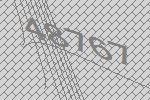
48767